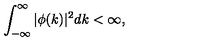
\int _ { - \infty } ^ { \infty } | \phi ( k ) | ^ { 2 } d k < \infty ,